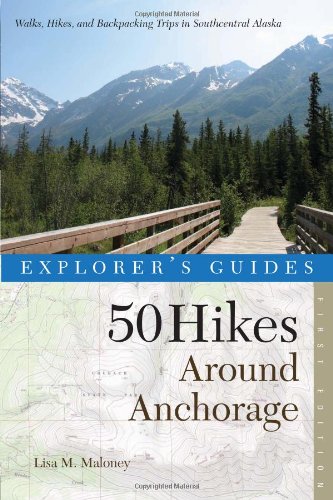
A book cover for Explorer's Guide 50 Hikes Around Anchorage (Explorer's 50 Hikes); Lisa Maloney; Travel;